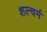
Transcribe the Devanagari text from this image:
शल्चर्म